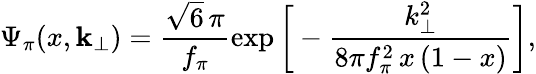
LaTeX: \Psi_{\pi}(x,{\mathbf k}_{\perp})=\frac{\sqrt{6}\, \pi}{f_{\pi}}\exp\bigg[-\frac{k_{\perp}^{2}}{8\pi f_{\pi}^{2}\, x\, (1-x)}\bigg],